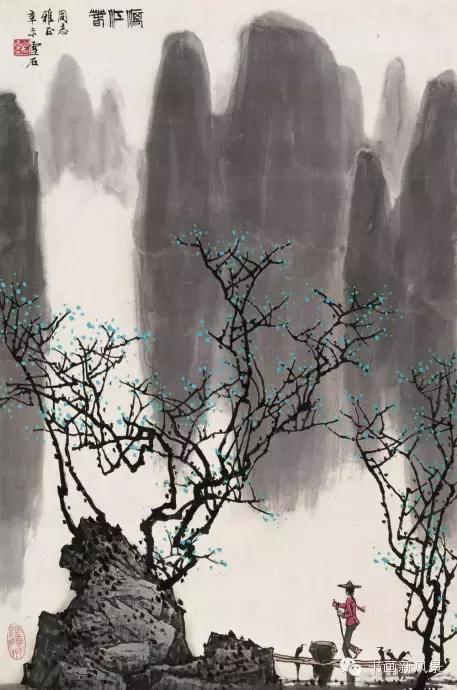
男儿少为客，不辨是他乡。